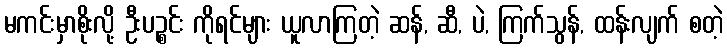
မကင်းမှာစိုးလို့ ဦးပဉ္စင်း ကိုရင်များ ယူလာကြတဲ့ ဆန်, ဆီ, ပဲ, ကြက်သွန်, ထန်းလျက် စတဲ့